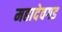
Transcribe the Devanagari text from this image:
महादेवगड